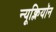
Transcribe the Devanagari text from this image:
न्यूक्लियॉन